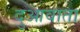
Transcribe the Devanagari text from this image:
दुआवाता